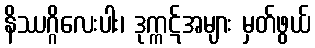
နိဿဂ္ဂိလေးပါး၊ ဒုက္ကဋ်အများ မှတ်ဖွယ်